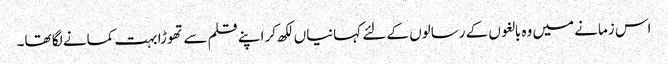
اس زمانے میں وہ بالغوں کے رسالوں کے لئے کہانیاں لکھ کر اپنے قلم سے تھوڑا بہت کمانے لگا تھا۔